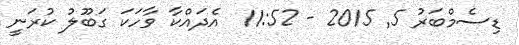
ޑިސެމްބަރު 5